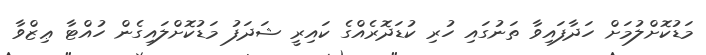
މަޑުކޮށްލުމަށް ހަދާފައިވާ ތަނުގައި ހުރި ކުޑަދޮރެއްގެ ކައިރީ ޝަދަފު މަޑުކޮށްލައިގެން ހުއްޓާ ޢިޒްވާ